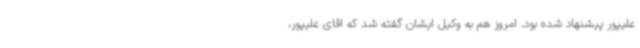
علیپور پیشنهاد شده بود. امروز هم به وکیل ایشان گفته شد که اقای علیپور،